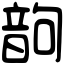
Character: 𩐝